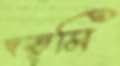
স্বভূমি